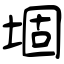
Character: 堌